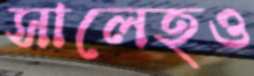
সালেহও